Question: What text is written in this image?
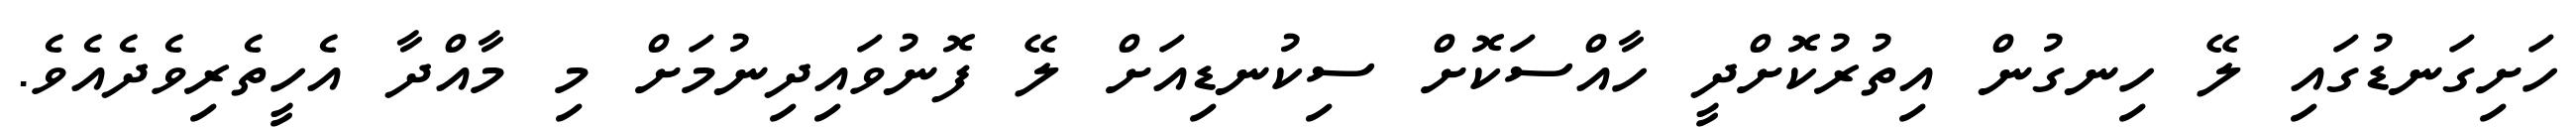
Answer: ހަށިގަނޑުގައި ލޭ ހިނގުން އިތުރުކޮށްދީ ހާއްސަކޮށް ސިކުނޑިއަށް ލޭ ފޮނުވައިދިނުމަށް މި މާއްދާ އެހީތެރިވެދެއެވެ.